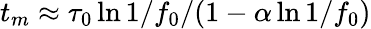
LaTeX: t_{m}\approx\tau_{0}\ln{1/f_{0}}/(1-\alpha\ln{1/f_{0}})